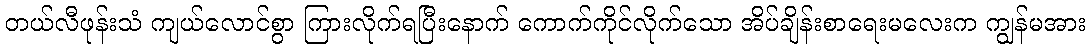
တယ်လီဖုန်းသံ ကျယ်လောင်စွာ ကြားလိုက်ရပြီးနောက် ကောက်ကိုင်လိုက်သော အိပ်ချိန်းစာရေးမလေးက ကျွန်မအား